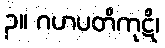
၃။ ဂဟပတိကုဋိ၊